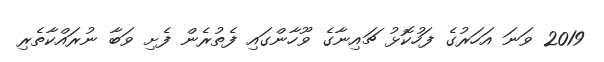
2019 ވަނަ އަހަރުގެ ފަހުކޮޅު ޗައިނާގެ ވޫހާންގައި ފެތުރެން ފެށި ވަބާ ނުރައްކާތެރި